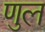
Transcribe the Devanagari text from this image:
णुल